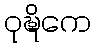
ဝုဍ္ဎိကေ